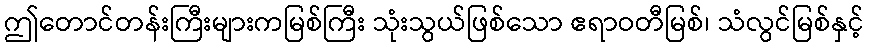
ဤတောင်တန်းကြီးများကမြစ်ကြီး သုံးသွယ်ဖြစ်သော ဧရာဝတီမြစ်၊ သံလွင်မြစ်နှင့်